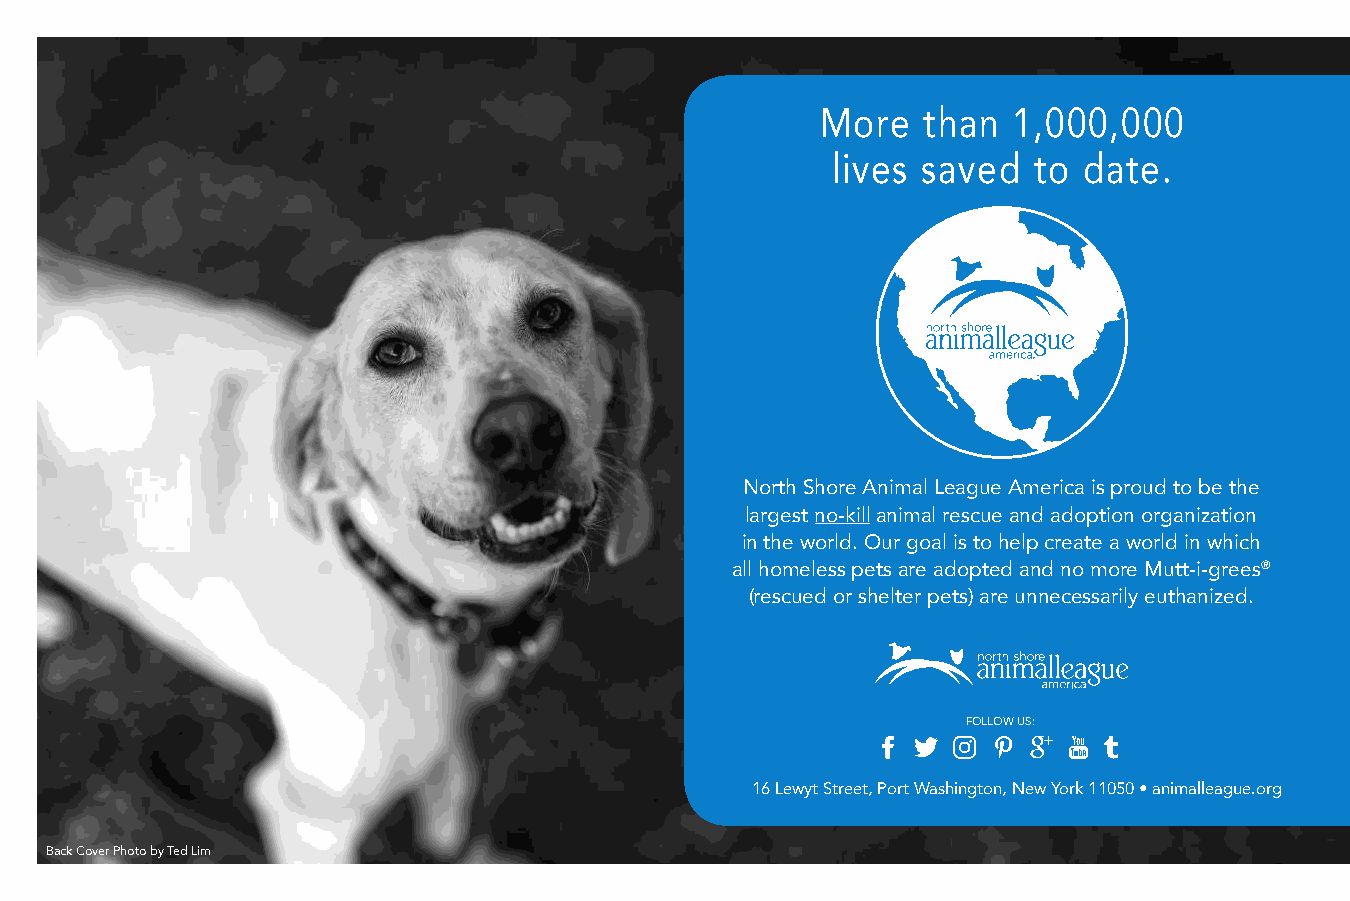
More   than  1,000,000
 lives saved  to  date.
 North Shore Animal League America is proud to be the
 largest no-kill animal rescue and adoption organization
 in the world. Our goal is to help create a world in which
 all homeless pets are adopted and no more Mutt-i-grees®
 (rescued or shelter pets) are unnecessarily euthanized.
 FOLLOW US:
 16 Lewyt Street, Port Washington, New York 11050 • animalleague.org
 Back Cover Photo by Ted Lim